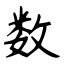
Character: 数